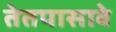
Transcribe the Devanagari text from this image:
तेतपासावे